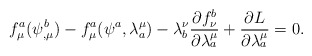
\begin{align*}f_{\mu }^{a}(\psi _{,\mu }^{b})-f_{\mu }^{a}(\psi ^{a},\lambda_{a}^{\mu })-\lambda _{b}^{\nu }\frac{\partial f_{\nu}^{b}}{\partial \lambda _{a}^{\mu }}+\frac{\partial L}{\partial\lambda _{a}^{\mu }}=0.\end{align*}